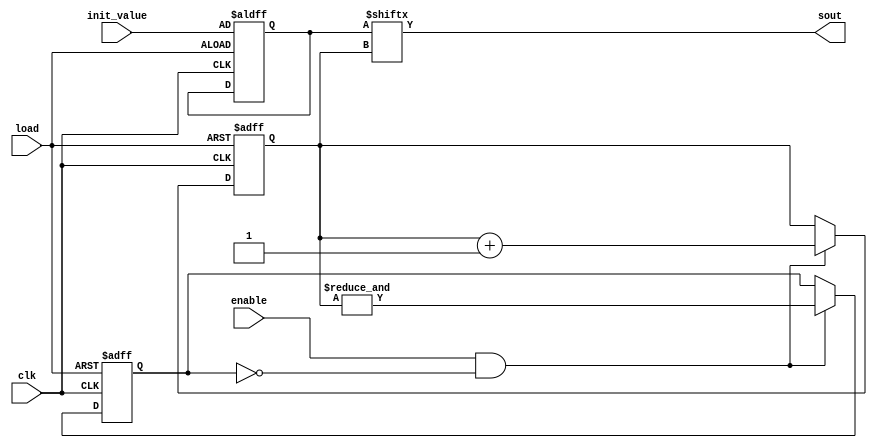
// shift register, parallel in, serial out

module shift_out( clk, load, enable, init_value, sout );
	parameter width = 64;	// 8 bytes
	parameter cwidth = 5;

	input	clk, load, enable;
	input [ width - 1 : 0 ] init_value;
	output	sout;
	reg [ width - 1 : 0 ] data;
	reg [ cwidth - 1 : 0 ] index;
	reg done;

	always @( posedge clk or posedge load )
	begin
		if( load )
			begin
				data <= init_value;
				index <= 0;
				done <= 0;
			end
		else if( enable && !done )
			begin
				index <= index +1;
				done <= &index;
			end
		// no change if not load or enable
	end

	assign sout = data[ index ];

endmodule